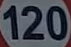
120